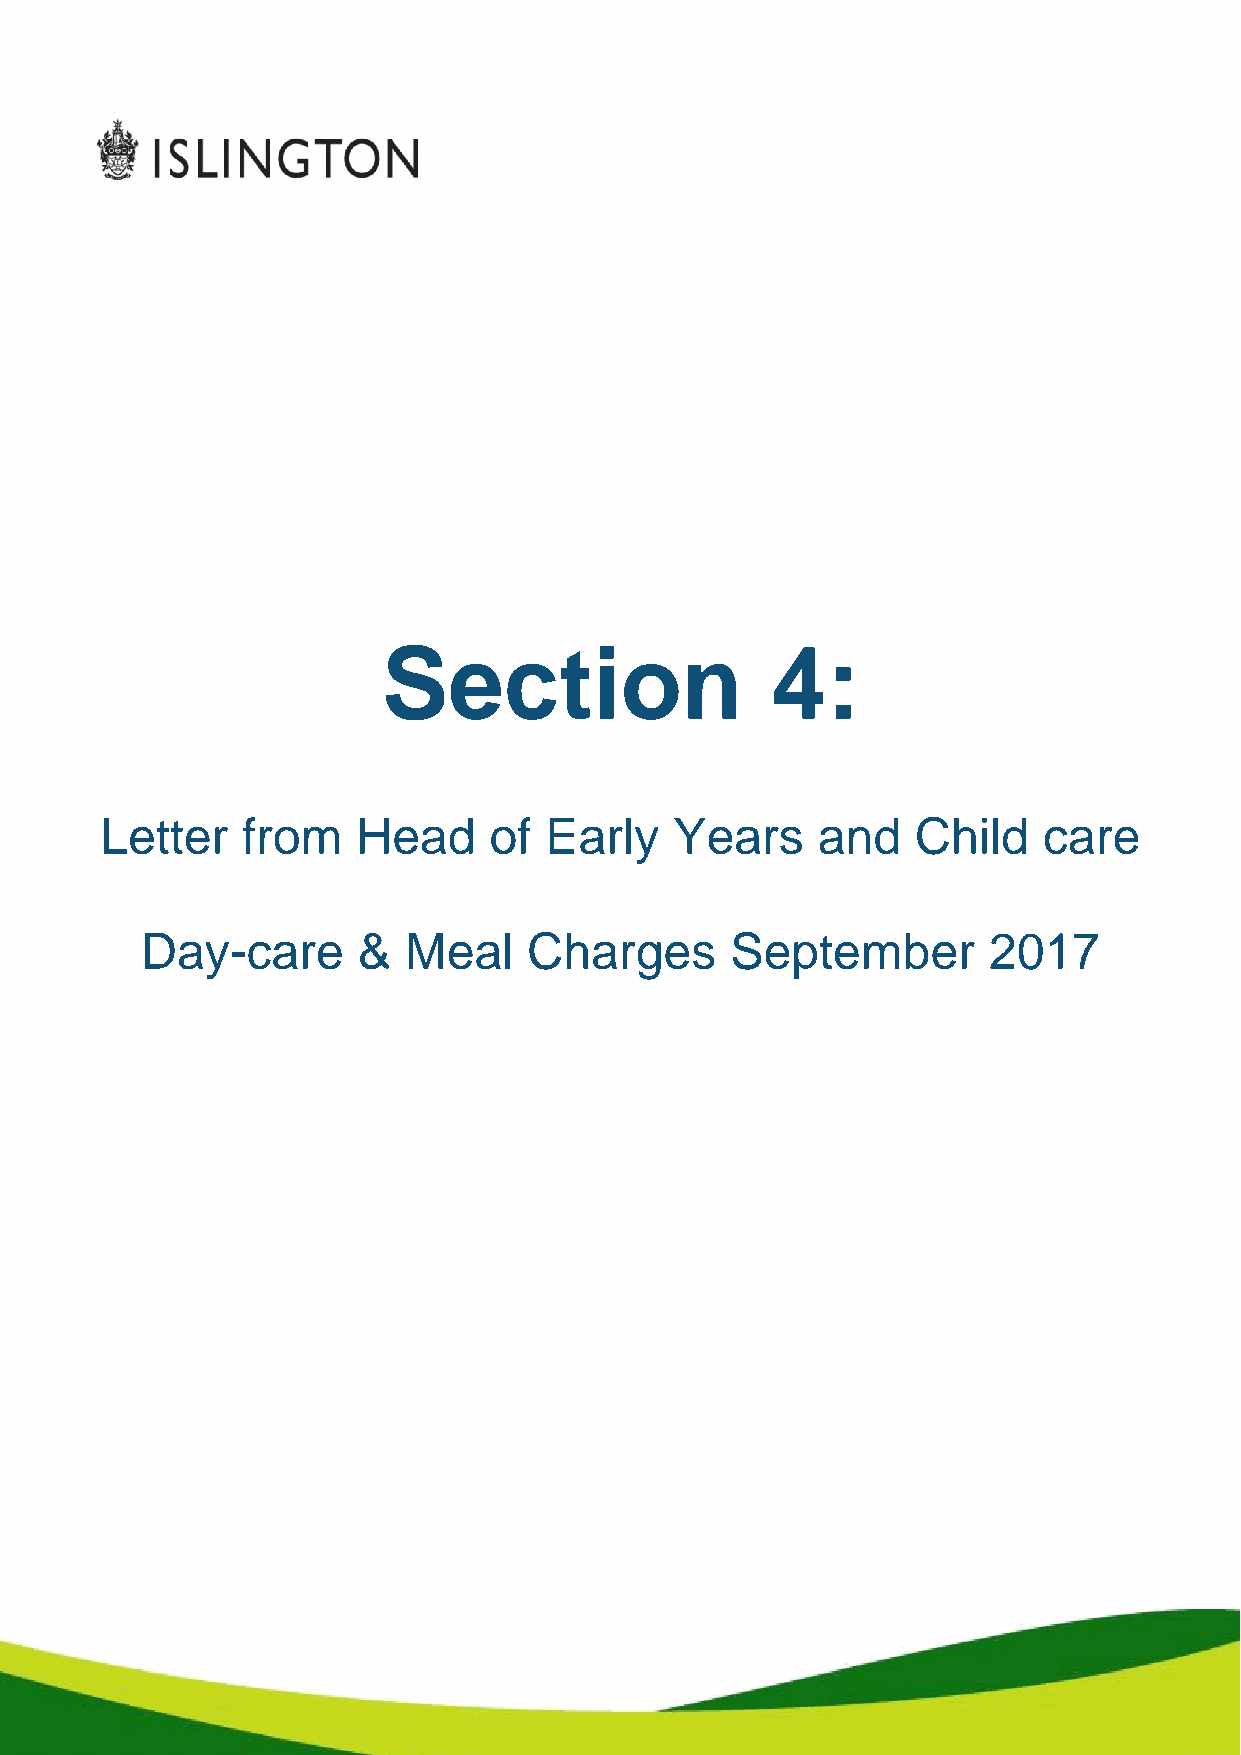
Section                   4:
 Letter   from    Head    of  Early    Years    and    Child   care
 Day-care       &  Meal    Charges      September        2017